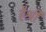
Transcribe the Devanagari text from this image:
हैश्री